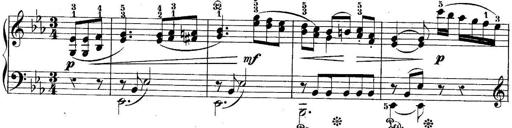
Title: 10 Sonatines progressives
Composer: Anton Schmoll